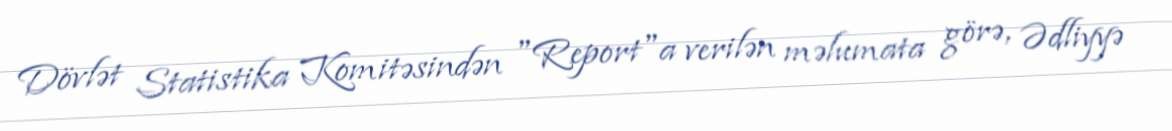
Dövlət Statistika Komitəsindən "Report"a verilən məlumata görə, Ədliyyə